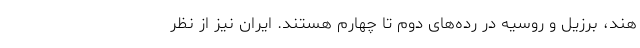
هند، برزیل و روسیه در رده‌های دوم تا چهارم هستند. ایران نیز از نظر